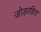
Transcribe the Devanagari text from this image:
जोड़रहित